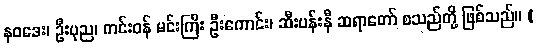
နဝဒေး၊ ဦးပုည၊ ကင်းဝန် မင်းကြီး ဦးကောင်း၊ ဆီးပန်းနီ ဆရာတော် စသည်တို့ ဖြစ်သည်။ (